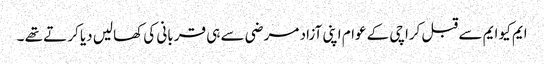
ایم کیو ایم سے قبل کراچی کے عوام اپنی آزاد مر ضی سے ہی قر بانی کی کھالیں دیا کر تے تھے ۔